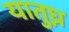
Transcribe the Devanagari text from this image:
यातुघ्न